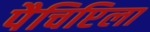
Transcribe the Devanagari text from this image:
पैचिप्टिला